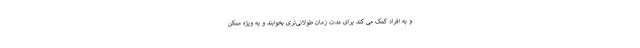
و به افراد کمک می کند برای مدت زمان طولانی‌تری بخوابند و به ویژه ممکن